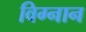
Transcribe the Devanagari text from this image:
विग्नान